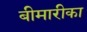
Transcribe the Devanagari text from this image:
बीमारीका